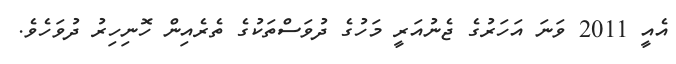
އެއީ 2011 ވަނަ އަހަރުގެ ޖެނުއަރީ މަހުގެ ދުވަސްތަކުގެ ތެރެއިން ހޮނިހިރު ދުވަހެވެ.